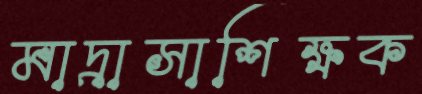
মাদ্রাসাশিক্ষক